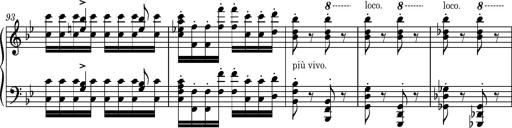
Title: Ungarische Nationalmelodien, S.243
Composer: Franz Liszt